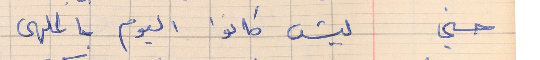
حسني        ليش كانوا اليوم بالملهى